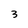
Character: 3